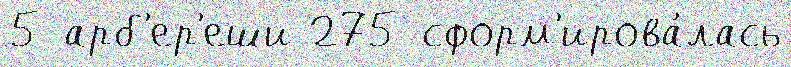
5 арб'ер'еши 275 сформ'ирова́лась